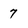
Character: 7